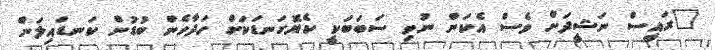
"ރައީސް ނަޝީދަށް ވެސް އެކަން ނުވި ސަބަބަކީ ކެޔޮގަނޑަކަށް ހަދާހެން ބުޑުން ކަނޑައިލަން